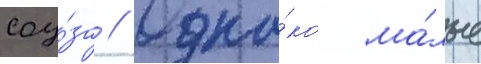
соу́за // Одна́ко ма́лые